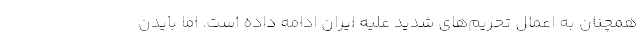
همچنان به اعمال تحریم‌های شدید علیه ایران ادامه داده است. اما بایدن